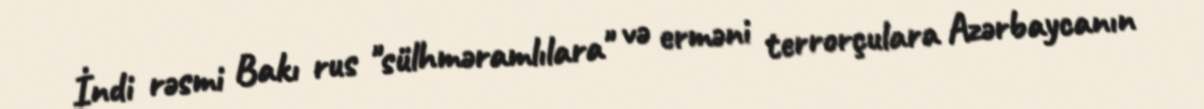
İndi rəsmi Bakı rus "sülhməramlılara" və erməni terrorçulara Azərbaycanın